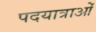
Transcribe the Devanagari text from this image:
पदयात्राओं